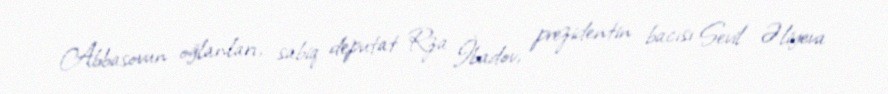
Abbasovun oğlanları, sabiq deputat Rza İbadov, prezidentin bacısı Sevil Əliyeva